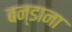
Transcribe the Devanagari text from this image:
बन्डाना